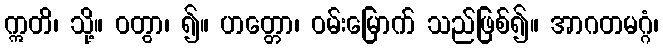
ဣတိ၊ သို့။ ဝတွာ၊ ၍။ ဟတ္တော၊ ဝမ်းမြောက် သည်ဖြစ်၍။ အာဂတမဂ္ဂံ၊